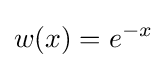
w(x)=e^{-x}